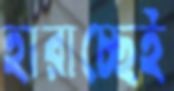
হারাচ্ছেই